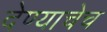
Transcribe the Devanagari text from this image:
देण्याचेच